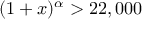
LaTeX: ( 1 + x ) ^ { \alpha } > 2 2 , 0 0 0